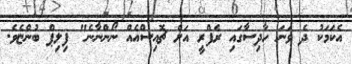
އެކަމަކު ދެ ވަނަ ހާދިސާގައި ރެފްރީ އަށް ޗޮއިސްއެއް ނޯންނާނެ" ފިލިޕް ބުންޏެވެ.